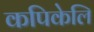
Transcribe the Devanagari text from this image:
कपिकेलि